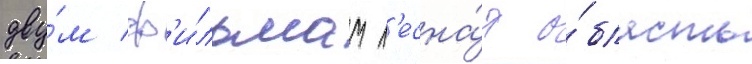
дву́м ф'и́льмам л'есна́я о́бласть